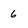
Character: 6